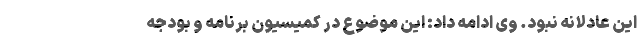
این عادلانه نبود. وی ادامه داد: این موضوع در کمیسیون برنامه و بودجه